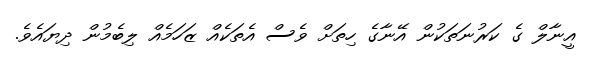
އީނާލް ގެ ކަރުނަތަކުން އޭނާގެ ހިތަށް ވެސް އެތަކެއް ޒަހަމެއް ލިބެމުން ދިޔައެވެ.